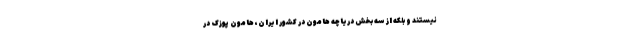
نیستند و بلکه از سه بخش دریاچه هامون در کشور ایران، هامون ‌پوزک در